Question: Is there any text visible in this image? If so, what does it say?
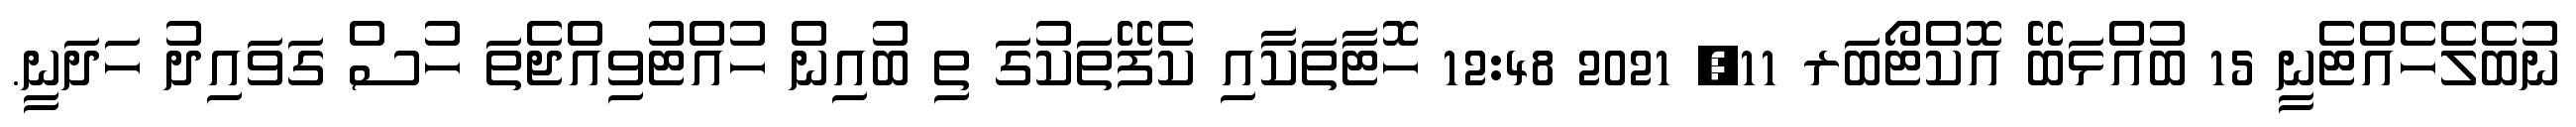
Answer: ނުބެލެހެއްޓެނީ 15 ބުއްޅަބޭ އޮކްޓޯބަރ 11, 2021 12:48 ހޮޓާތަކާއި ކެފޭތަކުގަ ތި ބުއިން ހުއްޓުވިއްޖެތަ ހުސް ގަވައިދު ހަދަނީ.